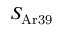
S _ { \mathrm { A r 3 9 } }